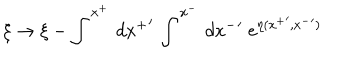
\xi \rightarrow \xi - \int ^ { x ^ { + } } \, d { x ^ { + } } ^ { \prime } \, \int ^ { x ^ { - } } \, d { x ^ { - } } ^ { \prime } \; e ^ { \eta ( { x ^ { + } } ^ { \prime } , { x ^ { - } } ^ { \prime } ) }